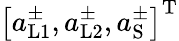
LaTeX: \left[a_{\mathrm{L1}}^{\pm},a_{\mathrm{L2}}^{\pm},a_{\mathrm{S}}^{\pm}\right]^{\mathrm{T}}